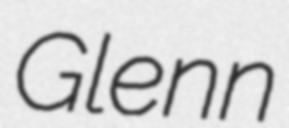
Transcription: Glenn